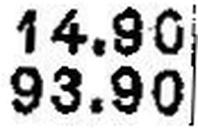
93.90